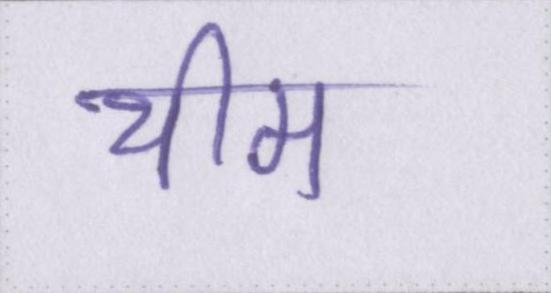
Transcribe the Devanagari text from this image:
थीम